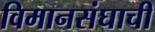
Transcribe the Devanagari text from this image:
विमानसंघाची